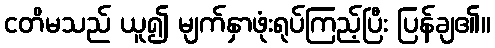
ငတိမသည် ယူ၍ မျက်နှာဖုံးရုပ်ကြည့်ပြီး ပြန်ချ၏။